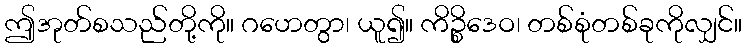
ဤအုတ်စသည်တို့ကို။ ဂဟေတွာ၊ ယူ၍။ ကိဉ္စိဒေဝ၊ တစ်စုံတစ်ခုကိုလျှင်။